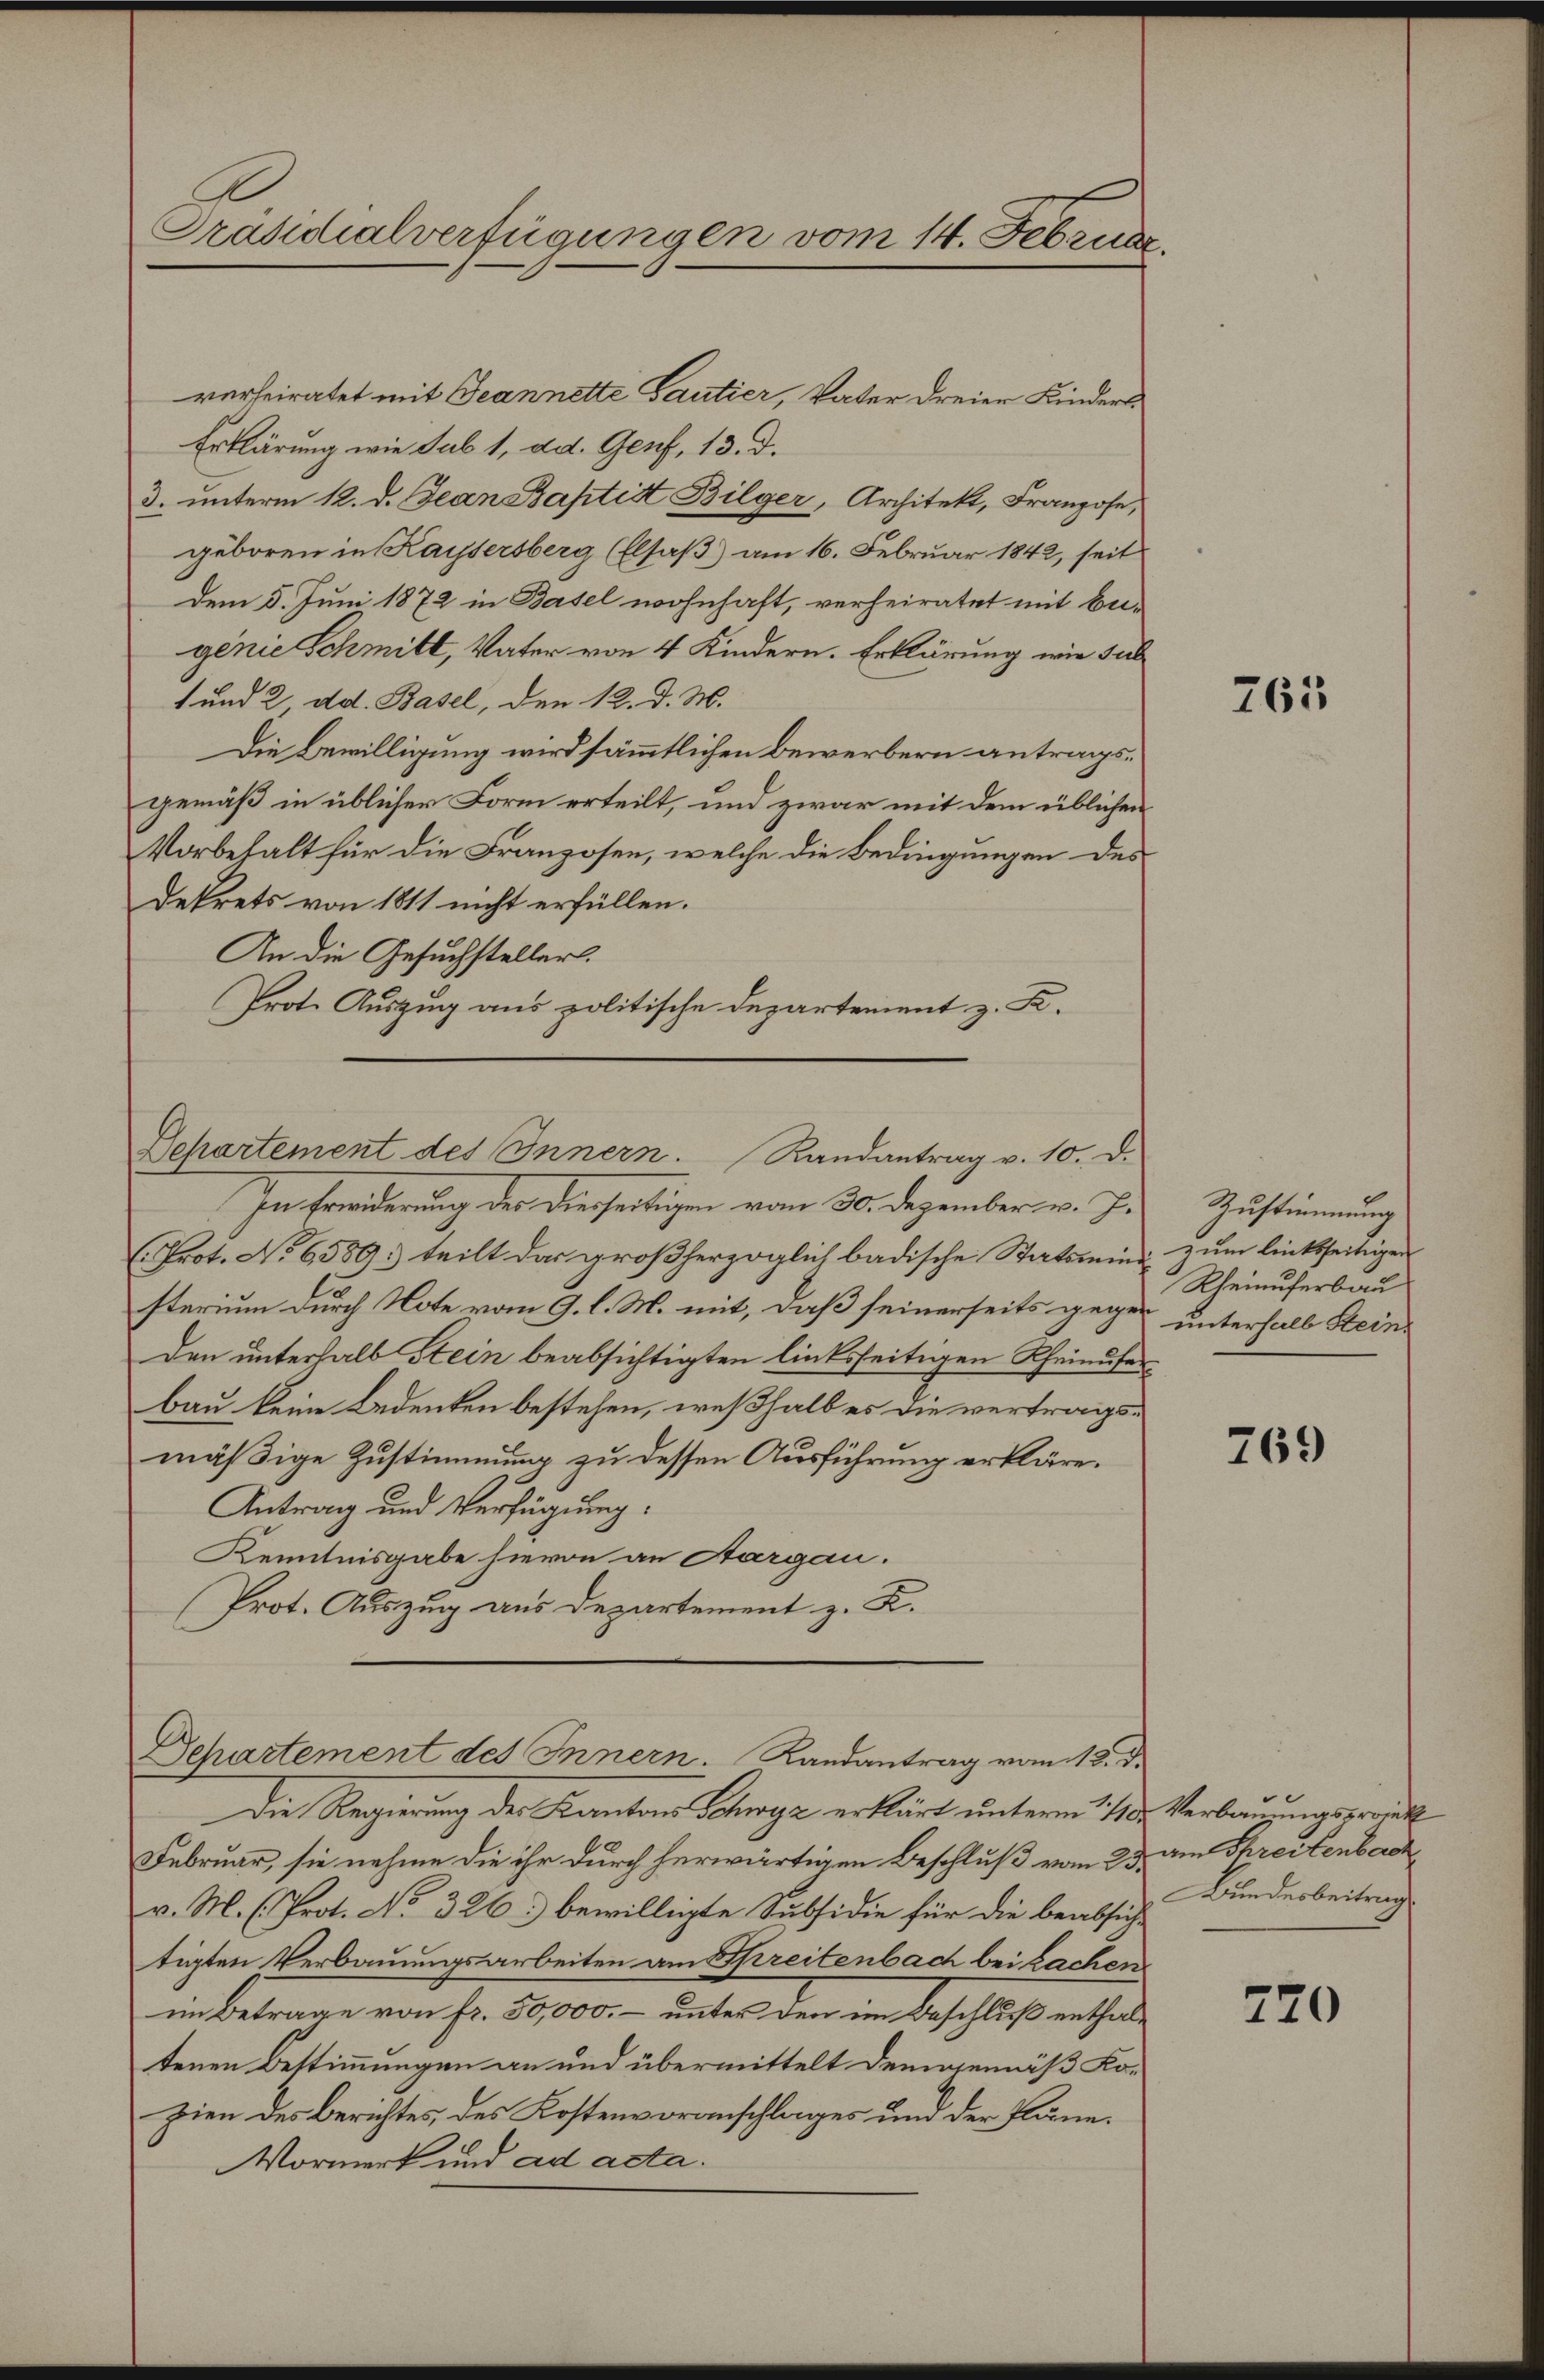
Präsidialverfügungen vom 14. Februar.

verheiratet mit Geannette Gautier, Vater dreier Kinders
Erklärung wie sub 1, ad. Genf, 13. d.
3. unterm 12. d. Jean Baptist Bilger, Architekt, Franzose,
geboren in Kaisersberg (Elsaß) am 16. Februar 1842, seit
dem 5. Juni 1872 in Basel wohnhaft, verheiratet mit beigenie Schmitt, Vater von 4 Kindern. Erklärung wie sul
1 und 2, dd. Basel, den 12. d. M.
Die Bewilligung wird sämmtlichen Bewerbern antragsgemäß in üblicher Form erteilt, und zwar mit dem üblichen
Vorbehalt für die Franzosen, welche die Bedingungen des
dekrets von 1811 nicht erfüllen.
An die Gesuchsteller.
Prote Auszug aus politische Departement z. K.

Separtement des Innern. Randantrag v. 10. d.

In Friederung der diesseitigen vom 30. Dezember v. J.
(Prot. No 6589. teilt das großherzoglich badische Statsmini zum linksseitigen
sterium durch Note vom 9. l. M. mit, daß seinerseits gegen unterhalb Stein¬
Den unterhalb Stein beabsichtigten linksseitigen Rheinuferbau keine Bedenken bestehen, weßhalb es die vertragsmäßige Zustimmung zu dessen Ausführung erkläre.
Antrag und Verfügung:
Kenntnisgabe hievon an Aargau.
Prot. Auszug aus Departement z. K.

Februar, sie nahme die ihr durch herwärtigen Beschluß vom 23. am Spreisenbach
v. M. (Prot. No. 326) bewilligte Subsidie für die beabsichtigten Verbauungsarbeiten am Spreitenbach bei Lachen
im Betrage von fr. 50,000. – unter den im Beschluß enthaltenen Bestimmungen an und übermittelt demgemäß Kozien des Berichtes, des Kostenvoranschlages und der Pläne.
Vormerk und ad acta.

Separtement des Innern. Landantrag vom 18. d.

Die Regierung der Kantons Schwyz erklärt unterm 10. Verbauungsrat

761

Zustimmung
Rheinuferbau

769

Bundesbeitrag

270